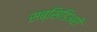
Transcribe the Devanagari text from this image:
सब्सिडिअरी